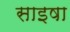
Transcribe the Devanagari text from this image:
साइषा